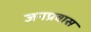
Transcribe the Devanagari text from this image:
जनप्रवास